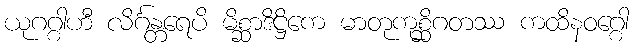
ယုဂဂ္ဂါဟီ လိင်္ဂန္တရေပိ မိစ္ဆာဒိဋ္ဌိကေ မာတုကုစ္ဆိဂတဿ ကထိနဝဂ္ဂေါ